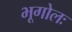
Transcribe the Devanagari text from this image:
भूगोलः